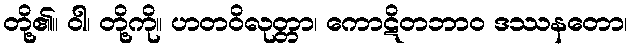
တို့၏။ ဝါ၊ တို့ကို။ ဟတဝိလုတ္တာ၊ ကောဋိတဘာဝ ဒဿနတော၊